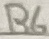
Text: R6